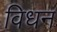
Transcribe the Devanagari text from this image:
विधन